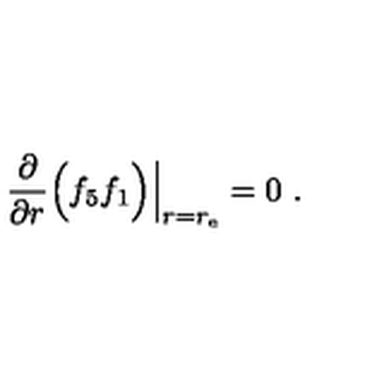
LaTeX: \frac { \partial } { \partial r } \Big ( f _ { 5 } f _ { 1 } \Big ) \Big | _ { r = r _ { \mathrm { e } } } = 0 \ .